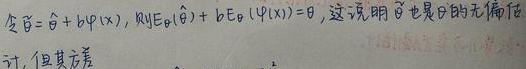
令$\widetilde{\theta}=\widehat{\theta}+b\varphi(x)$，$\mathrm{EY}e_{\theta}(\widehat{\theta}) + bE_{\theta}(\varphi(x)) = 0$，这说明$\widetilde{\theta}$也是$\theta$的无偏估计，但其方差